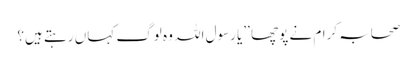
صحابہ کرام نے پوچھا ’’یا رسول اللہ وہ لوگ کہاں رہتے ہیں؟